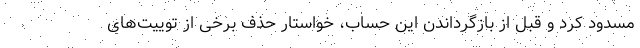
مسدود کرد و قبل از بازگرداندن این حساب، خواستار حذف برخی از توییت‌های